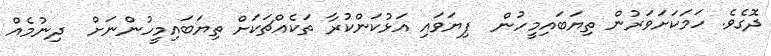
ދޮގެވެ. ހަމަކަށަވަރުން ތިޔަބައިމީހުން  ފިޔަވައި އަޅުކަންކުރާ ތަކެއްޗަކަށް ތިޔަބައިމީހުންނަށް  ދިނުމެއް